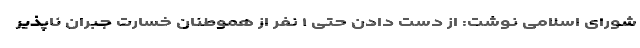
شورای اسلامی نوشت: از دست دادن حتی ۱ نفر از هموطنان خسارت جبران ناپذیر